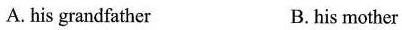
A.his grandfather B. his mother